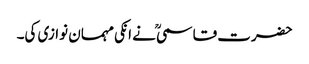
حضرت قاسمیؒ نے انکی مہمان نوازی کی۔